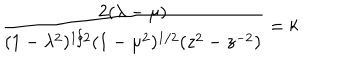
LaTeX: \frac { 2 ( \lambda - \mu ) } { ( 1 - \lambda ^ { 2 } ) ^ { 1 / 2 } ( 1 - \mu ^ { 2 } ) ^ { 1 / 2 } ( z ^ { 2 } - z ^ { - 2 } ) } = k